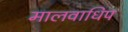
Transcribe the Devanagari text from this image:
मालवाधिप